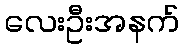
လေးဦးအနက်